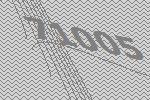
71005